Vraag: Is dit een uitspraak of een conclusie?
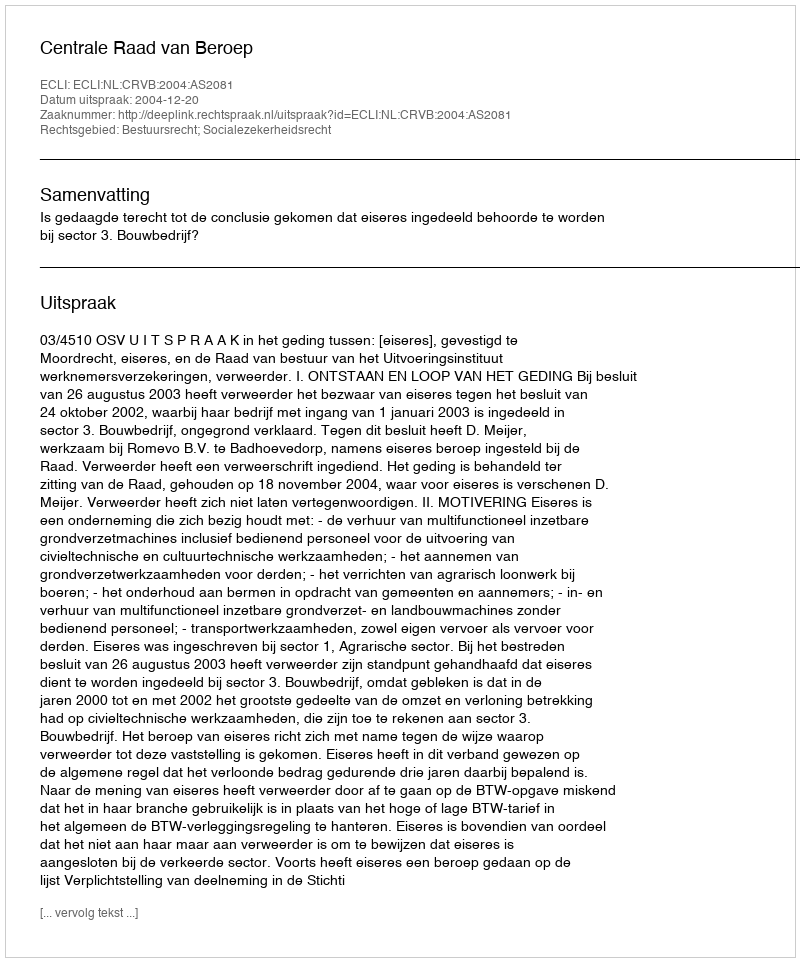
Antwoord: Uitspraak